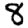
Digit: 8